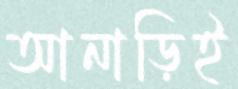
আনাড়িই